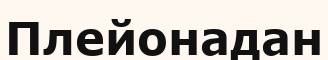
Плейонадан